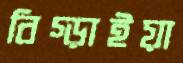
বিগ্‌ড়াইয়া